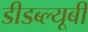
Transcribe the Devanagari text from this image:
डीडब्ल्यूबी